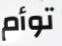
توأم